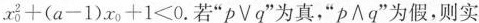
$$x _ { 0 }^ { 2 } + ( a - 1 ) x _ { 0 }+1< 0$$.若”p∨q”为真”p∧q”为假，则实